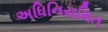
અધિનિયમિત